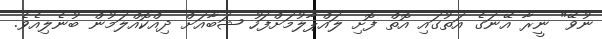
ނުވޭ" ނީރާ އޭނަގެ އަތުގައި އޮތް ފޮށި ލައްޕާލުމަށްފަހު ޝަބާއަށް ދިއްކޮއްލަމުން ބުނެލިއެވެ.